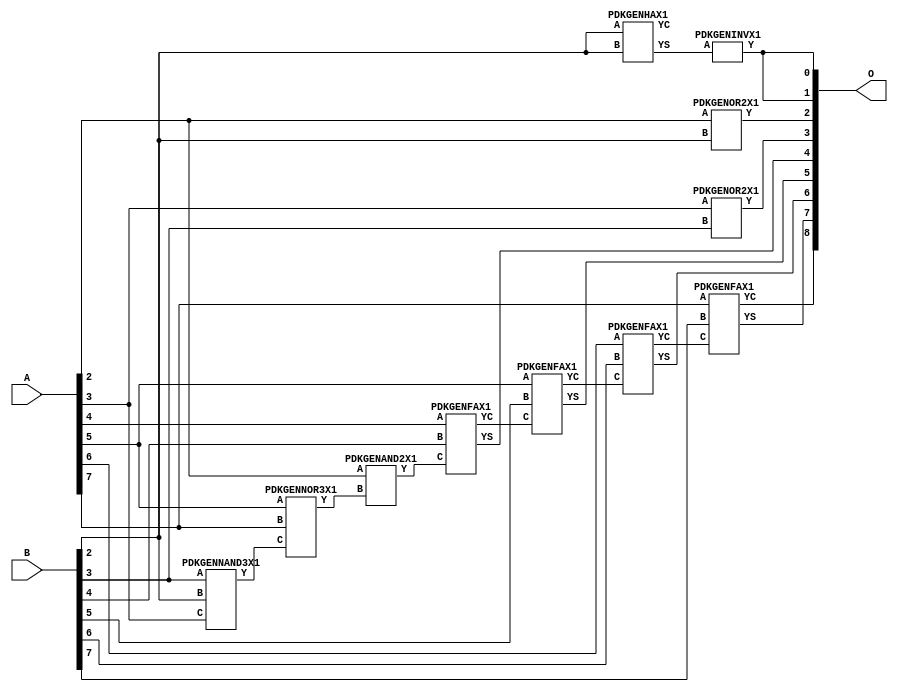
// Library = EvoApprox8b
// Circuit = add8_171
// Area   (180) = 772
// Delay  (180) = 1.290
// Power  (180) = 171.30
// Area   (45) = 54
// Delay  (45) = 0.470
// Power  (45) = 17.01
// Nodes = 11
// HD = 182464
// MAE = 3.57812
// MSE = 24.50000
// MRE = 1.83 %
// WCE = 15
// WCRE = 300 %
// EP = 85.9 %

module add8_171(A, B, O);
  input [7:0] A;
  input [7:0] B;
  output [8:0] O;
  wire [2031:0] N;

  assign N[0] = A[0];
  assign N[1] = A[0];
  assign N[2] = A[1];
  assign N[3] = A[1];
  assign N[4] = A[2];
  assign N[5] = A[2];
  assign N[6] = A[3];
  assign N[7] = A[3];
  assign N[8] = A[4];
  assign N[9] = A[4];
  assign N[10] = A[5];
  assign N[11] = A[5];
  assign N[12] = A[6];
  assign N[13] = A[6];
  assign N[14] = A[7];
  assign N[15] = A[7];
  assign N[16] = B[0];
  assign N[17] = B[0];
  assign N[18] = B[1];
  assign N[19] = B[1];
  assign N[20] = B[2];
  assign N[21] = B[2];
  assign N[22] = B[3];
  assign N[23] = B[3];
  assign N[24] = B[4];
  assign N[25] = B[4];
  assign N[26] = B[5];
  assign N[27] = B[5];
  assign N[28] = B[6];
  assign N[29] = B[6];
  assign N[30] = B[7];
  assign N[31] = B[7];

  PDKGENNAND3X1 n32(.A(N[22]), .B(N[20]), .C(N[6]), .Y(N[32]));
  PDKGENNOR3X1 n34(.A(N[10]), .B(N[14]), .C(N[32]), .Y(N[34]));
  PDKGENHAX1 n40(.A(N[20]), .B(N[20]), .YS(N[40]), .YC(N[41]));
  PDKGENAND2X1 n52(.A(N[4]), .B(N[34]), .Y(N[52]));
  assign N[53] = N[52];
  PDKGENINVX1 n126(.A(N[40]), .Y(N[126]));
  assign N[127] = N[126];
  PDKGENOR2X1 n132(.A(N[4]), .B(N[20]), .Y(N[132]));
  PDKGENOR2X1 n182(.A(N[6]), .B(N[22]), .Y(N[182]));
  PDKGENFAX1 n232(.A(N[8]), .B(N[24]), .C(N[53]), .YS(N[232]), .YC(N[233]));
  PDKGENFAX1 n282(.A(N[10]), .B(N[26]), .C(N[233]), .YS(N[282]), .YC(N[283]));
  PDKGENFAX1 n332(.A(N[12]), .B(N[28]), .C(N[283]), .YS(N[332]), .YC(N[333]));
  PDKGENFAX1 n382(.A(N[14]), .B(N[30]), .C(N[333]), .YS(N[382]), .YC(N[383]));

  assign O[0] = N[127];
  assign O[1] = N[126];
  assign O[2] = N[132];
  assign O[3] = N[182];
  assign O[4] = N[232];
  assign O[5] = N[282];
  assign O[6] = N[332];
  assign O[7] = N[382];
  assign O[8] = N[383];

endmodule
/* mod */
module PDKGENFAX1( input A, input B, input C, output YS, output YC );
    assign YS = (A ^ B) ^ C;
    assign YC = (A & B) | (B & C) | (A & C);
endmodule
/* mod */
module PDKGENAND2X1(input A, input B, output Y );
     assign Y = A & B;
endmodule
/* mod */
module PDKGENNOR3X1(input A, input B, input C, output Y );
     assign Y = ~((A | B) | C);
endmodule
/* mod */
module PDKGENHAX1( input A, input B, output YS, output YC );
    assign YS = A ^ B;
    assign YC = A & B;
endmodule
/* mod */
module PDKGENINVX1(input A, output Y );
     assign Y = ~A;
endmodule
/* mod */
module PDKGENNAND3X1(input A, input B, input C, output Y );
     assign Y = ~((A & B) & C);
endmodule
/* mod */
module PDKGENOR2X1(input A, input B, output Y );
     assign Y = A | B;
endmodule